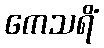
ကေသရိံ